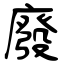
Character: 廢